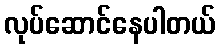
လုပ်ဆောင်နေပါတယ်